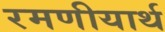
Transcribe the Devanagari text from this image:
रमणीयार्थ